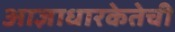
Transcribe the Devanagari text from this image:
आज्ञाधारकेतेची